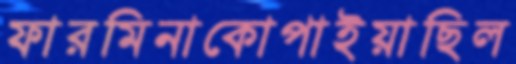
ফারমিনাকোপাইয়াছিল